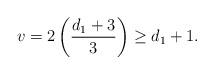
LaTeX: \begin{align*}v=2\left(\frac{d_1+3}{3}\right) \geq d_1 +1.\end{align*}